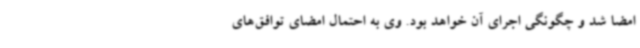
امضا شد و چگونگی اجرای آن خواهد بود. وی به احتمال امضای توافق‌های